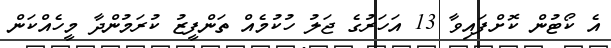
އެ ކޯޓުން ކޮށްފައިވާ 13 އަހަރުގެ ޖަލު ހުކުމެއް ތަންފީޒު ކުރަމުންދާ މީހެއްކަން